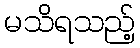
မသိရသည့်